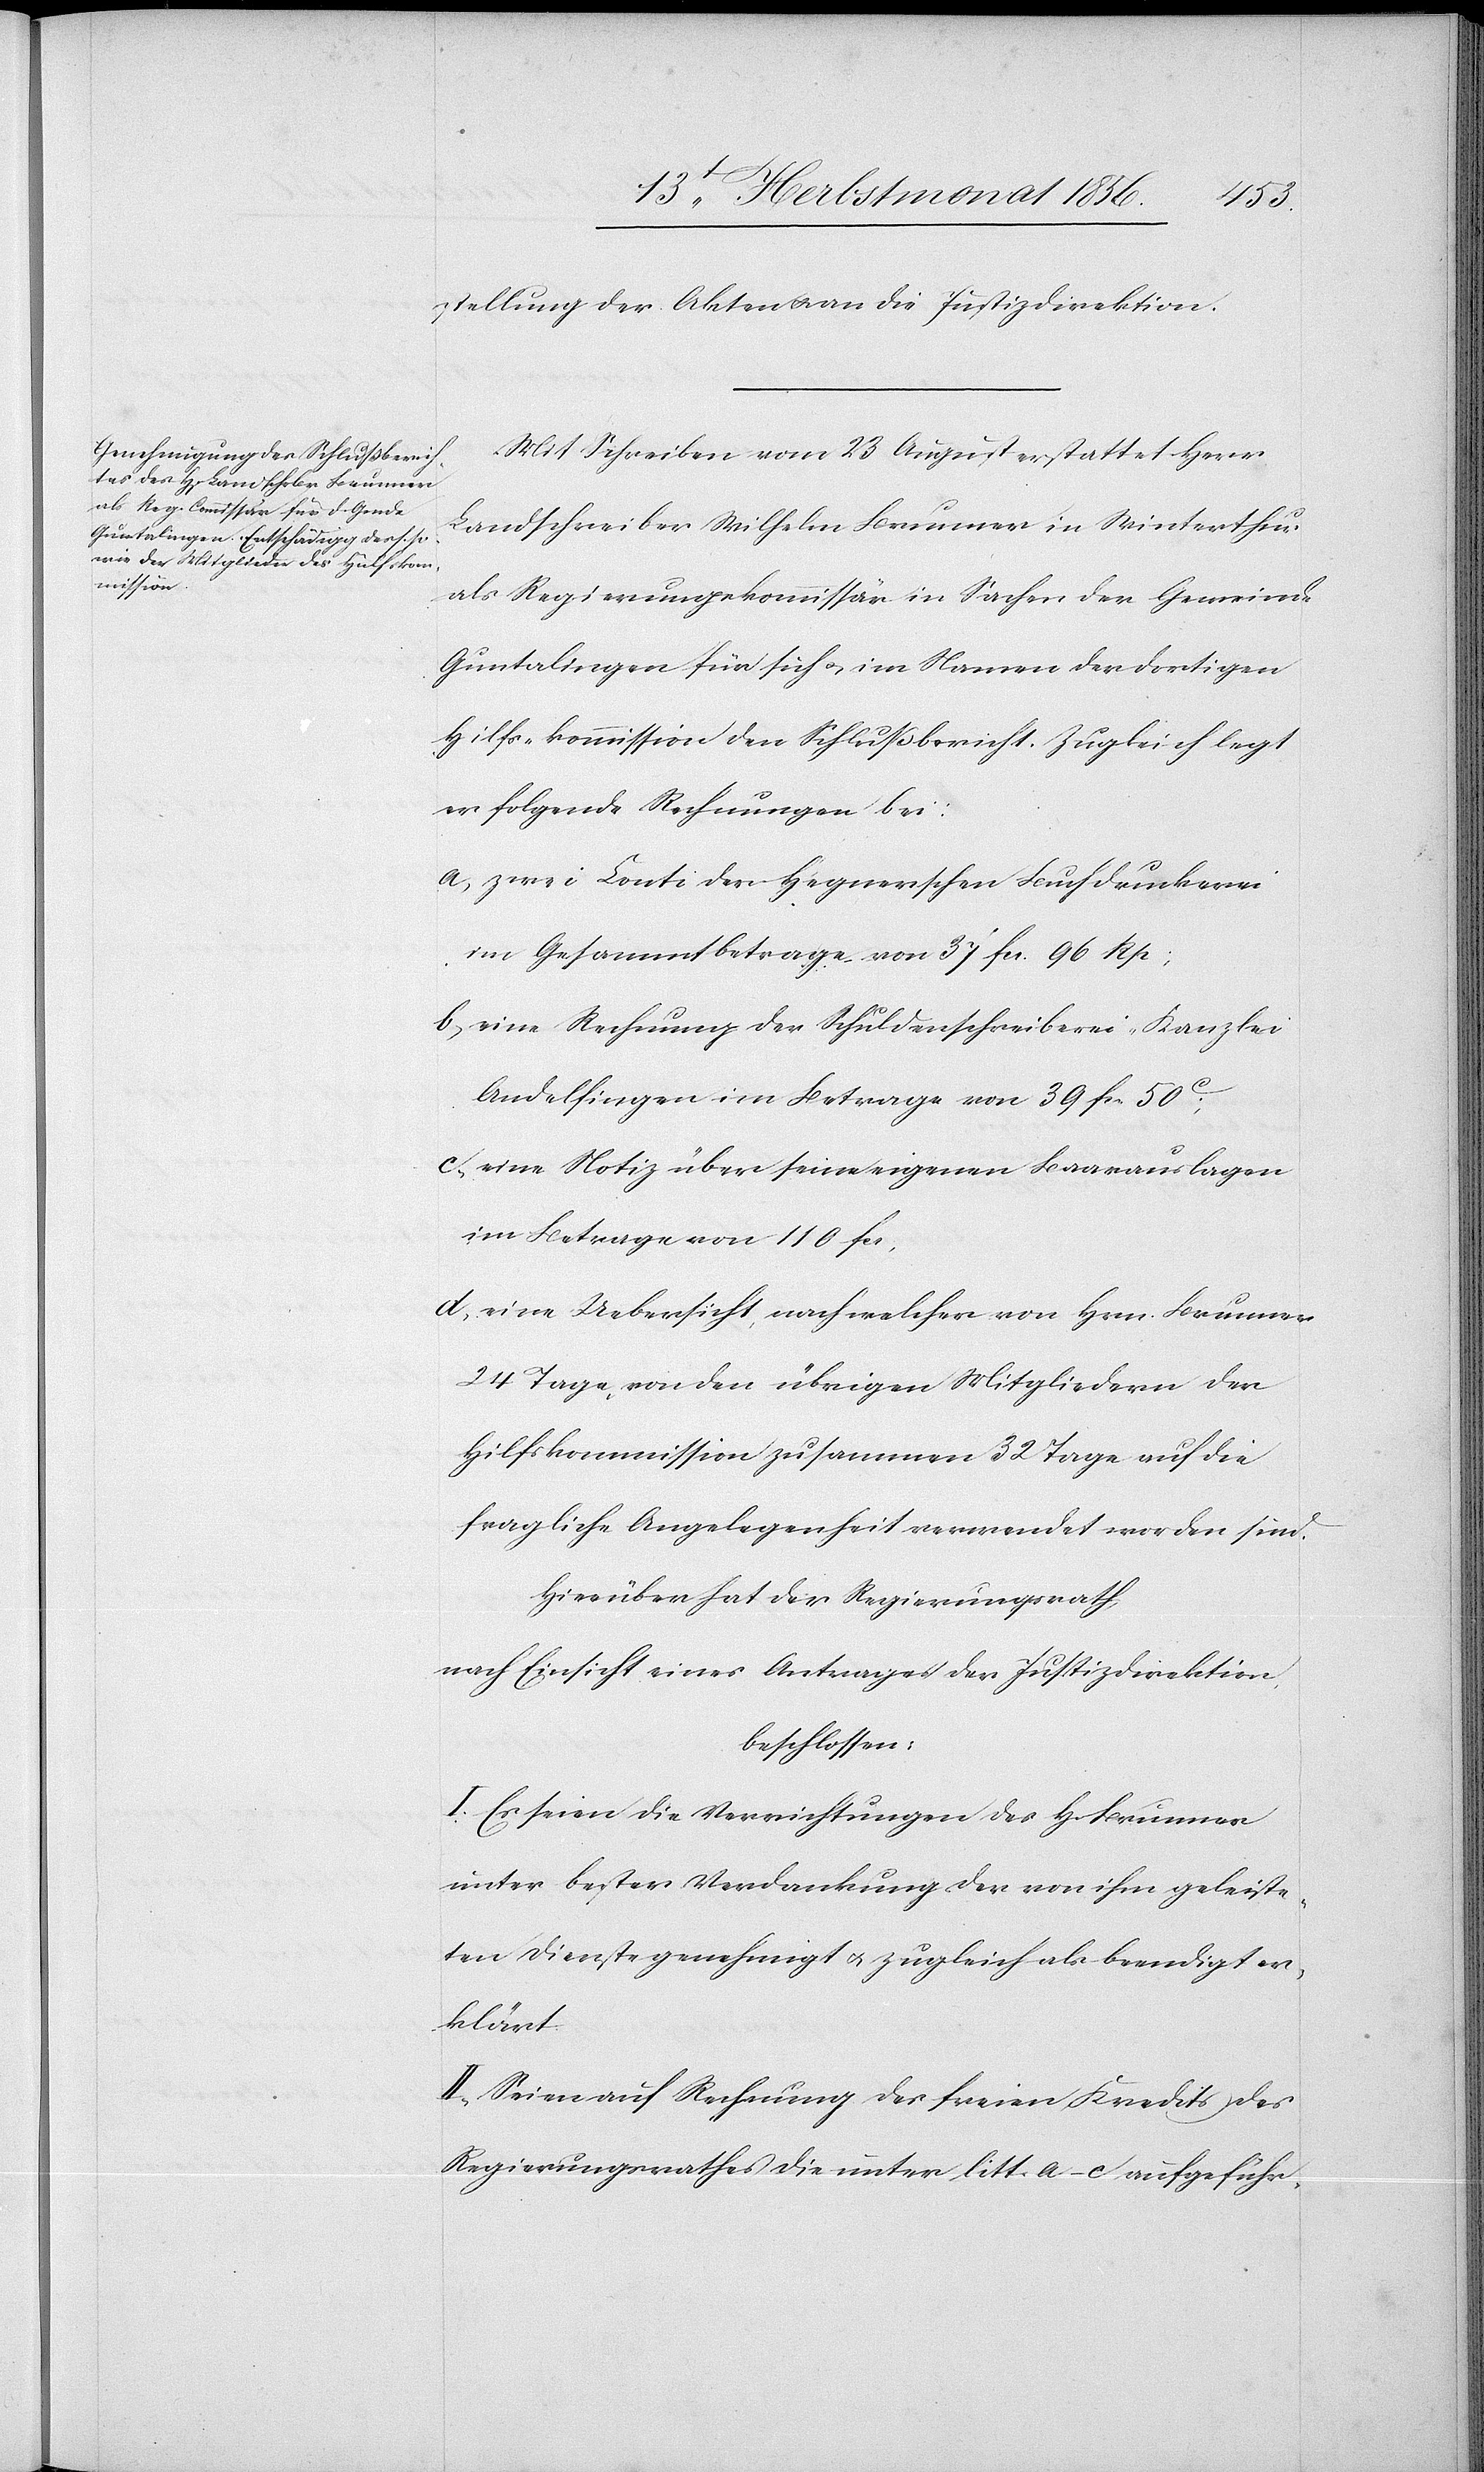
stellung der Akten u. [b)] an die Justizdirektion.
Mit Schreiben vom 23 August erstattet Herr
Landschreiber Wilhelm Brunner in Winterthur
als Regierungskommissär in Sachen der Gemeinde
Guntalingen für sich u. im Namen der dortigen
Hilfs-kommission den Schlußbericht. Zugleich legt
er folgende Rechnungen bei:
a) zwei Conti der Hegnerschen Buchdruckerei
im Gesammtbetrage von 37 fcs. 96 Rp;
b) eine Rechnung der Schuldenschreiberei-Kanzlei
Andelfingen im Betrage von 39 fcs. 50c;
c) eine Notiz über seine eigenen Baarauslagen
im Betrage von 110 fcs.
d) eine Uebersicht, nach welcher von Hrn. Brunner
24 Tage, von den übrigen Mitgliedern der
Hilfskommission zusammen 32 Tage auf die
fragliche Angelegenheit verwendet worden sind.
Hierüber hat der Regierungsrath
nach Einsicht eines Antrages der Justizdirektion,
beschlossen:
I.) Es seien die Verrichtungen des H[rn]. Brunner
unter bester Verdankung der von ihm geleiste¬
ten Dienste genehmigt u. zugleicht als beendigt er¬
klärt.
II.) Seien auf Rechnung des freien Kredits des
Regierungsrathes die unter litt. a–c aufgeführ-